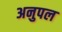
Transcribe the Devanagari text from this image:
अनुपल